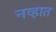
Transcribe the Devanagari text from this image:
नव्हात